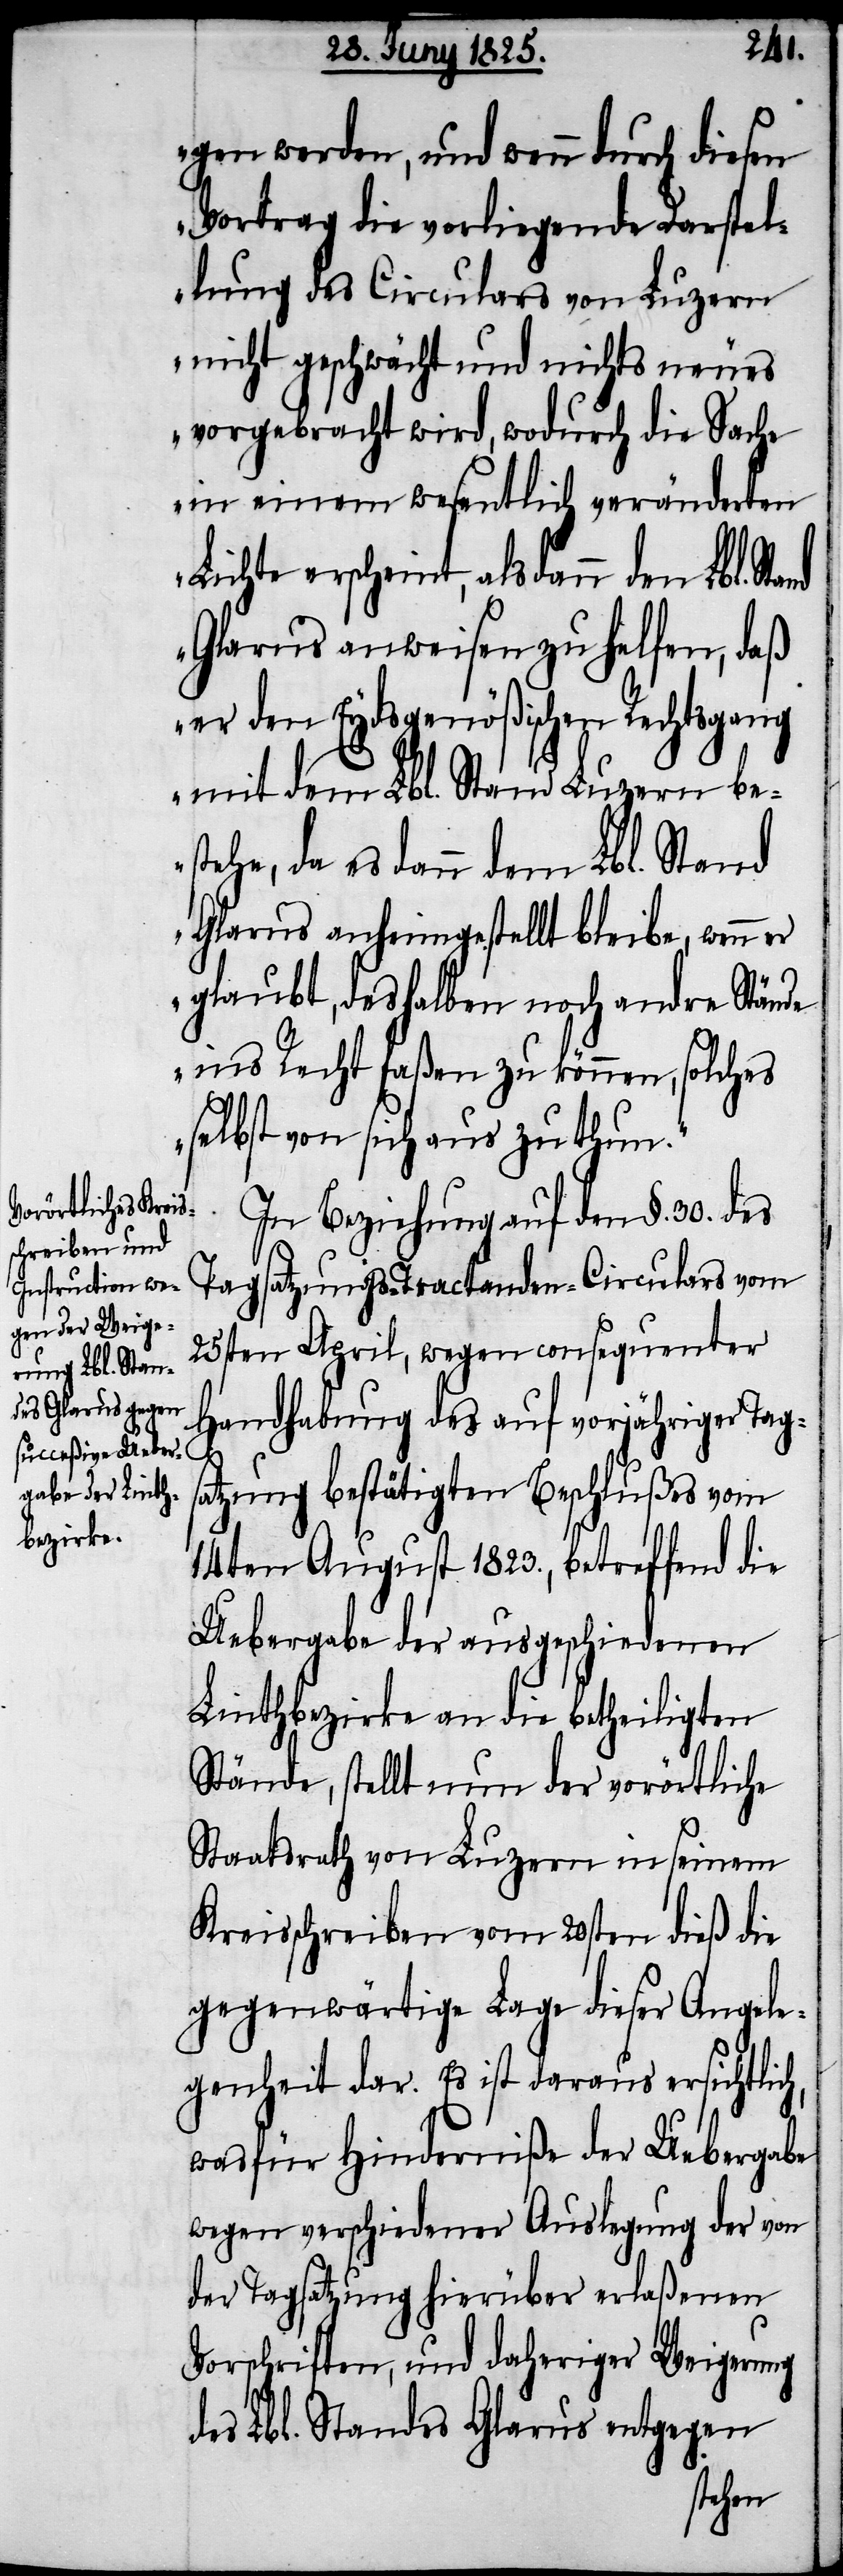
gen werden, und wenn durch diesen
Vortrag die vorliegende Darstel¬
lung des Circulars von Luzern
nicht geschwächt und nichts neues
vorgebracht wird, wodurch die Sache
in einem wesentlich veränderten
Lichte erscheint, als dann den Lbl.
Glarus ausweisen zu helfen, daß
er den Eydsgenößischen Rechtsgang
mit dem Lbl. Stand Luzern be¬
stehen, da es dann dem Lbl. Stand
Glarus anheimgestellt bleibe, wenn
glaubt, deshalben noch andre Stände
ins Recht faßen zu können, solches
selbst von sich aus zu thun.“
In Beziehung auf den §. 30. des
Tagsatzungs-Tractanden-Circulars vom
25sten April, wegen consequenter
Handhabung des auf vorjähriger Tags¬
atzung bestätigten Beschlußes vom
14ten August 1823., betreffend die
Uebergabe der ausgeschiedenen
Linthbezirke an die betheiligten
Stände, stellt nun der vorörtliche
Staatsrath von Luzern in seinem
Kreisschreiben vom 20sten dieß die
gegenwärtige Lage dieser Angele¬
genheit dar. Es ist daraus ersichtlich,
was für Hinderniße der Uebergabe
wegen verschiedener Auslegung der von
der Tagsatzung hierüber erlaßenen
Vorschriften, und daheriger Weigerung
des Lbl. Standes Glarus entgegen